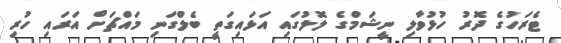
ޓެރަހުގެ ދޮރު ހުޅުވާލި ނީޝަމްގެ ލޮލުގައި އަޅައިގަތީ ބެލްގަނި މައްޗަށް އަރައި ހުރި